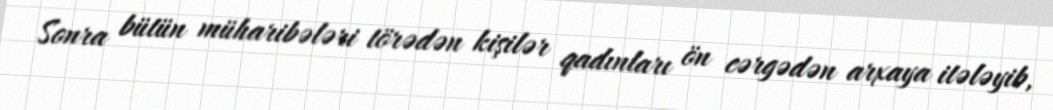
Sonra bütün müharibələri törədən kişilər qadınları ön cərgədən arxaya itələyib,